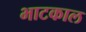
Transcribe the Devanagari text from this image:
भाटकाल